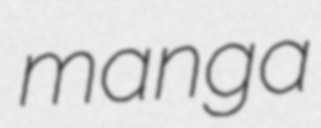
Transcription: manga